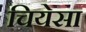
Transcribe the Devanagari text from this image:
चियेसा